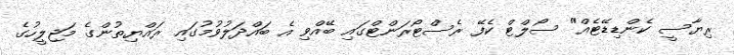
ރިޔާސީ ކެންޑިޑޭޓެއް" ސޯލްޓް ކެފޭ ރެސްޓޯރަންޓްގައި ބޭއްވި އެ ބައްދަލުވުމުގައި ރައްޔިތުންގެ މަޖިލީހުގެ